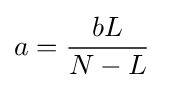
a={\frac {bL}{N-L}}\;